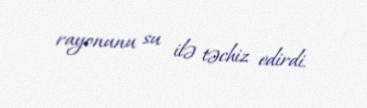
rayonunu su ilə təchiz edirdi.